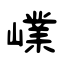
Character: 嶫